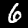
Digit: 6